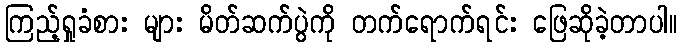
ကြည့်ရှုခံစား များ မိတ်ဆက်ပွဲကို တက်ရောက်ရင်း ဖြေဆိုခဲ့တာပါ။